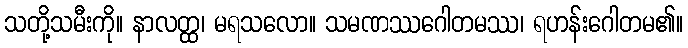
သတို့သမီးကို။ နာလတ္ထ၊ မရသလော။ သမဏဿဂေါတမဿ၊ ရဟန်းဂေါတမ၏။